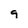
Character: 9